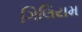
ગિલિયમ